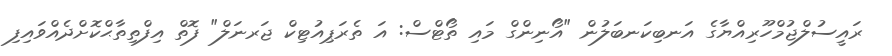
ރައީސުލްޖުމްހޫރިއްޔާގެ އަނބިކަނބަލުން "އޯނިންގް މައި ތޯޓްސް: އަ ތެރަޕިއުޓިކް ޖަރނަލް" ފޮތް އިފްތިތާޙްކޮށްދެއްވައިފި